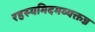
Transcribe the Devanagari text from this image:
रहस्यमिदमव्यक्तन्न